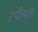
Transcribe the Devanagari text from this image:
रूपीयता